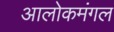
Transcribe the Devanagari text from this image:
आलोकमंगल